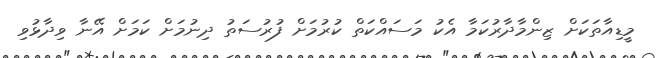
މީޑިއާތަކަށް ޒިންމާދާރުކަމާ އެކު މަސައްކަތް ކުރުމަށް ފުރުސަތު ދިނުމަށް ކަމަށް އޭނާ ވިދާޅުވި